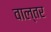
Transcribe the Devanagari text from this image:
वाल्तर